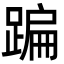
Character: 蹁